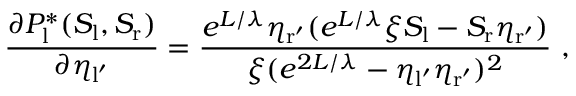
\frac { \partial P _ { \mathrm { l } } ^ { * } ( S _ { \mathrm { l } } , S _ { \mathrm { r } } ) } { \partial \eta _ { \mathrm { l ^ { \prime } } } } = \frac { e ^ { L / \lambda } \eta _ { \mathrm { r ^ { \prime } } } ( e ^ { L / \lambda } \xi S _ { \mathrm { l } } - S _ { \mathrm { r } } \eta _ { \mathrm { r ^ { \prime } } } ) } { \xi ( e ^ { 2 L / \lambda } - \eta _ { \mathrm { l ^ { \prime } } } \eta _ { \mathrm { r ^ { \prime } } } ) ^ { 2 } } \ ,